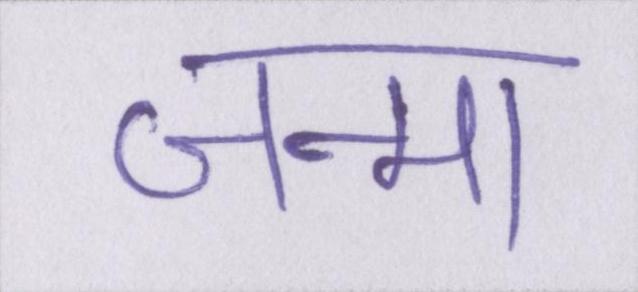
जन्मा